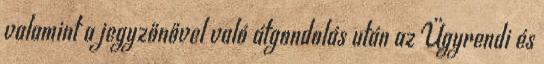
valamint a jegyzőnővel való átgondolás után az Ügyrendi és